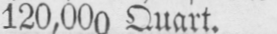
120,000 Quart.